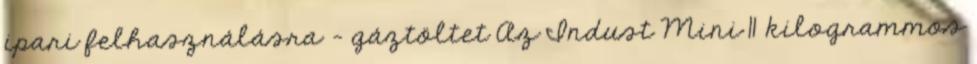
ipari felhasználásra - gáztöltet Az ​Indust Mini 11 kilogrammos